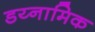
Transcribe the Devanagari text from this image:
डय्नामिक